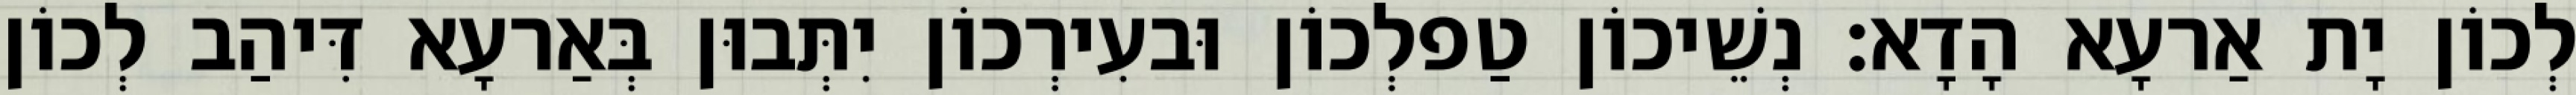
לְכוֹן יָת אַרעָא הָדָא׃ נְשֵׁיכוֹן טַפלְכוֹן וּבעִירְכוֹן יִתְּבוּן בְּאַרעָא דִּיהַב לְכוֹן